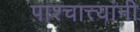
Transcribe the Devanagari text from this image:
पाश्चात्त्यांनी